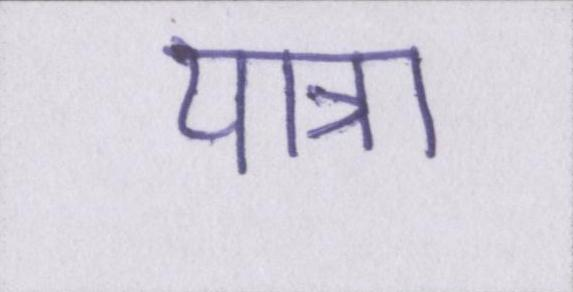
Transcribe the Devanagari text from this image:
यात्रा